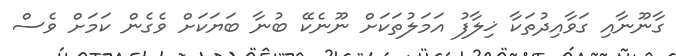
ގާނޫނާއި ގަވާއިދުތަކާ ޚިލާފު އަމަލުތަކަށް ނޫނެކޭ ބުނާ ބަޔަކަށް ވެގެން ކަމަށް ވެސް